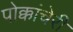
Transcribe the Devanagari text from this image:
पोक्कांचेरी